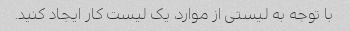
با توجه به لیستی از موارد، یک لیست کار ایجاد کنید.